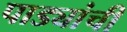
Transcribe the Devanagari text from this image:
पाड्यांची